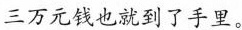
三万元钱也就到了手里。